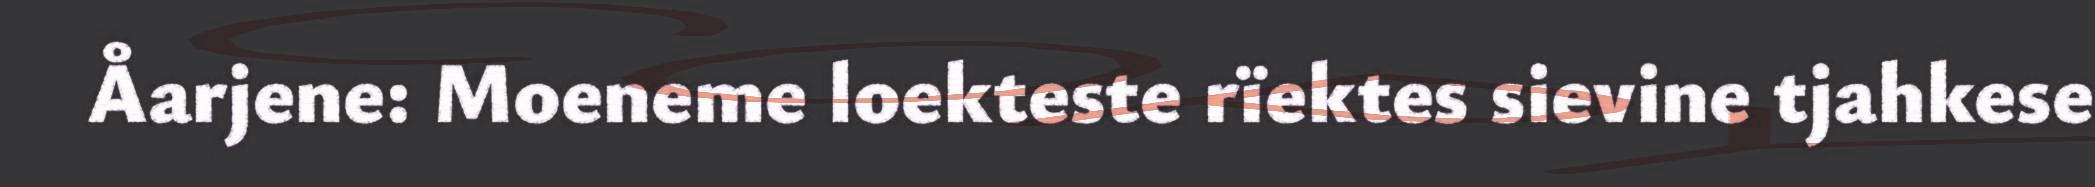
Åarjene: Moeneme loekteste rïektes sievine tjahkese